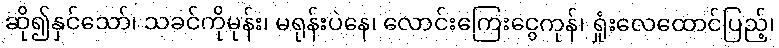
ဆို၍နှင်သော်၊ သခင်ကိုမုန်း၊ မရုန်းပဲနေ၊ လောင်းကြေးငွေကုန်၊ ရှုံးလေထောင်ပြည့်၊